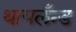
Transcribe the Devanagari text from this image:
थायलँन्ड